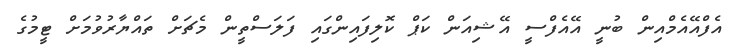
އެފްއޭއެމްއިން ބުނީ އޭއެފްސީ އޭޝިއަން ކަޕް ކޮލިފައިންގައި ފަލަސްތީން މެޗަށް ތައްޔާރުވުމަށް ޓީމުގެ